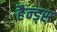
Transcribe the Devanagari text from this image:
हैन्ड्स